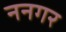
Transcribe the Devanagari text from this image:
ननगर